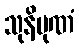
သုနိပုဏံ